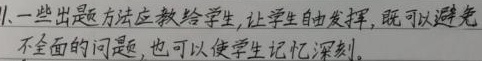
1、一些出题方法应教给学生，让学生自由发挥，既可以避免
不全面的问题，也可以使学生记忆深刻。